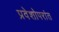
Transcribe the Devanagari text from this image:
प्रवेशोपरांत